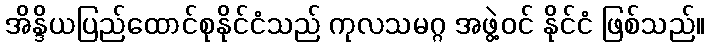
အိန္ဒိယပြည်ထောင်စုနိုင်ငံသည် ကုလသမဂ္ဂ အဖွဲ့ဝင် နိုင်ငံ ဖြစ်သည်။